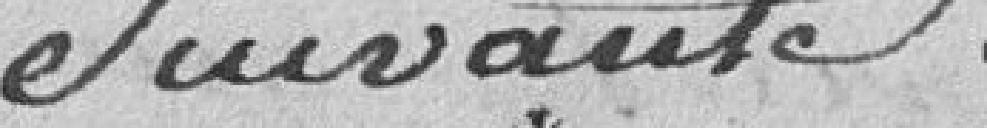
suivante :